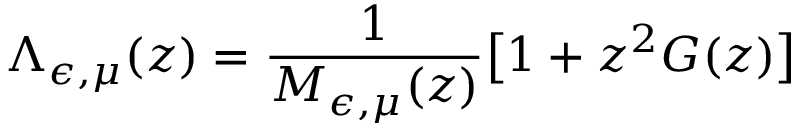
\Lambda _ { \epsilon , \mu } ( z ) = \frac { 1 } { M _ { \epsilon , \mu } ( z ) } \big [ 1 + z ^ { 2 } G ( z ) \big ]